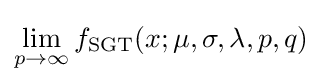
\lim _{p\to \infty }f_{\text{SGT}}(x;\mu ,\sigma ,\lambda ,p,q)